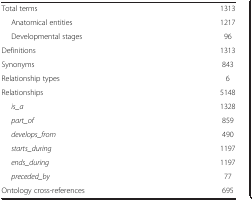
|  |  |
 | --- | --- |
 | Total terms | 1313 |
 | Anatomical entities | 1217 |
 | Developmental stages | 96 |
 | Definitions | 1313 |
 | Synonyms | 843 |
 | Relationship types | 6 |
 | Relationships | 5148 |
 | is_a | 1328 |
 | part_of | 859 |
 | develops_from | 490 |
 | starts_during | 1197 |
 | ends_during | 1197 |
 | preceded_by | 77 |
 | Ontology cross-references | 695 |